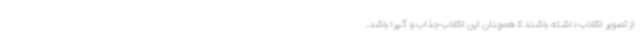
از تصویر انقلاب داشته باشند تا همچنان این انقلاب جذاب و گیرا باشد.